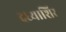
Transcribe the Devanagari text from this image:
दध्याशिर